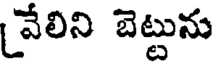
వేలిని బెట్టును